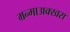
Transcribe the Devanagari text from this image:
म्रन्माअक्खरा